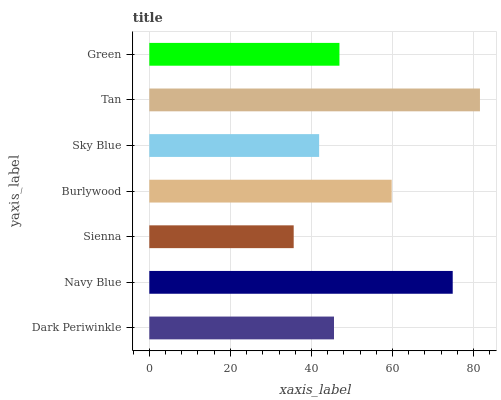
| yaxis_label | bars |
 | --- | --- |
 | Dark Periwinkle | 45.6 |
 | Navy Blue | 74.8 |
 | Sienna | 35.6 |
 | Burlywood | 59.8 |
 | Sky Blue | 41.9 |
 | Tan | 81.6 |
 | Green | 46.9 |